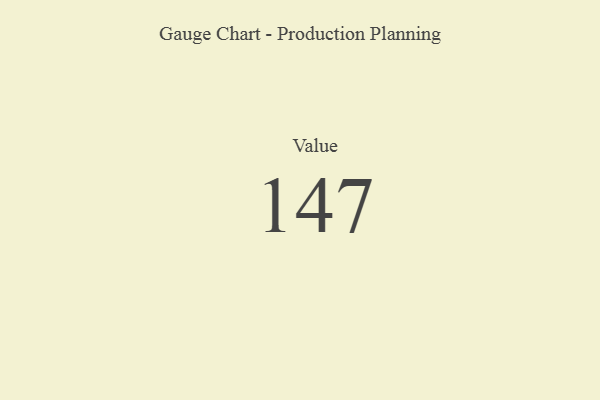
{"axis": {"x": "Metric", "y": "Value"}, "legend": [""], "data": [{"x": "Value", "y": 147, "type": ""}]}